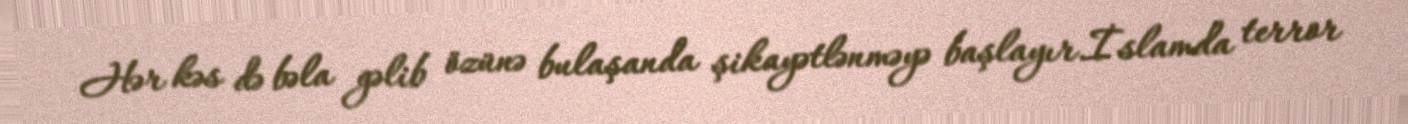
Hər kəs də bəla gəlib özünə bulaşanda şikayətlənməyə başlayır.İslamda terror